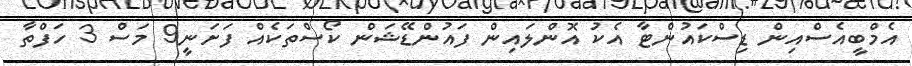
އެމްބީއެސްއިން ޑިސްކައުންޓާ އެކު އޮންލައިން ފައުންޑޭޝަން ކޯސްތަކެއް ފަށަނީ9 މަސް 3 ހަފްތާ